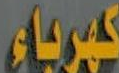
كهرباء